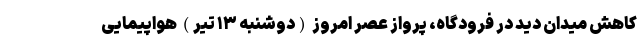
کاهش میدان دید در فرودگاه، پرواز عصر امروز (دوشنبه ۱۳ تیر) هواپیمایی